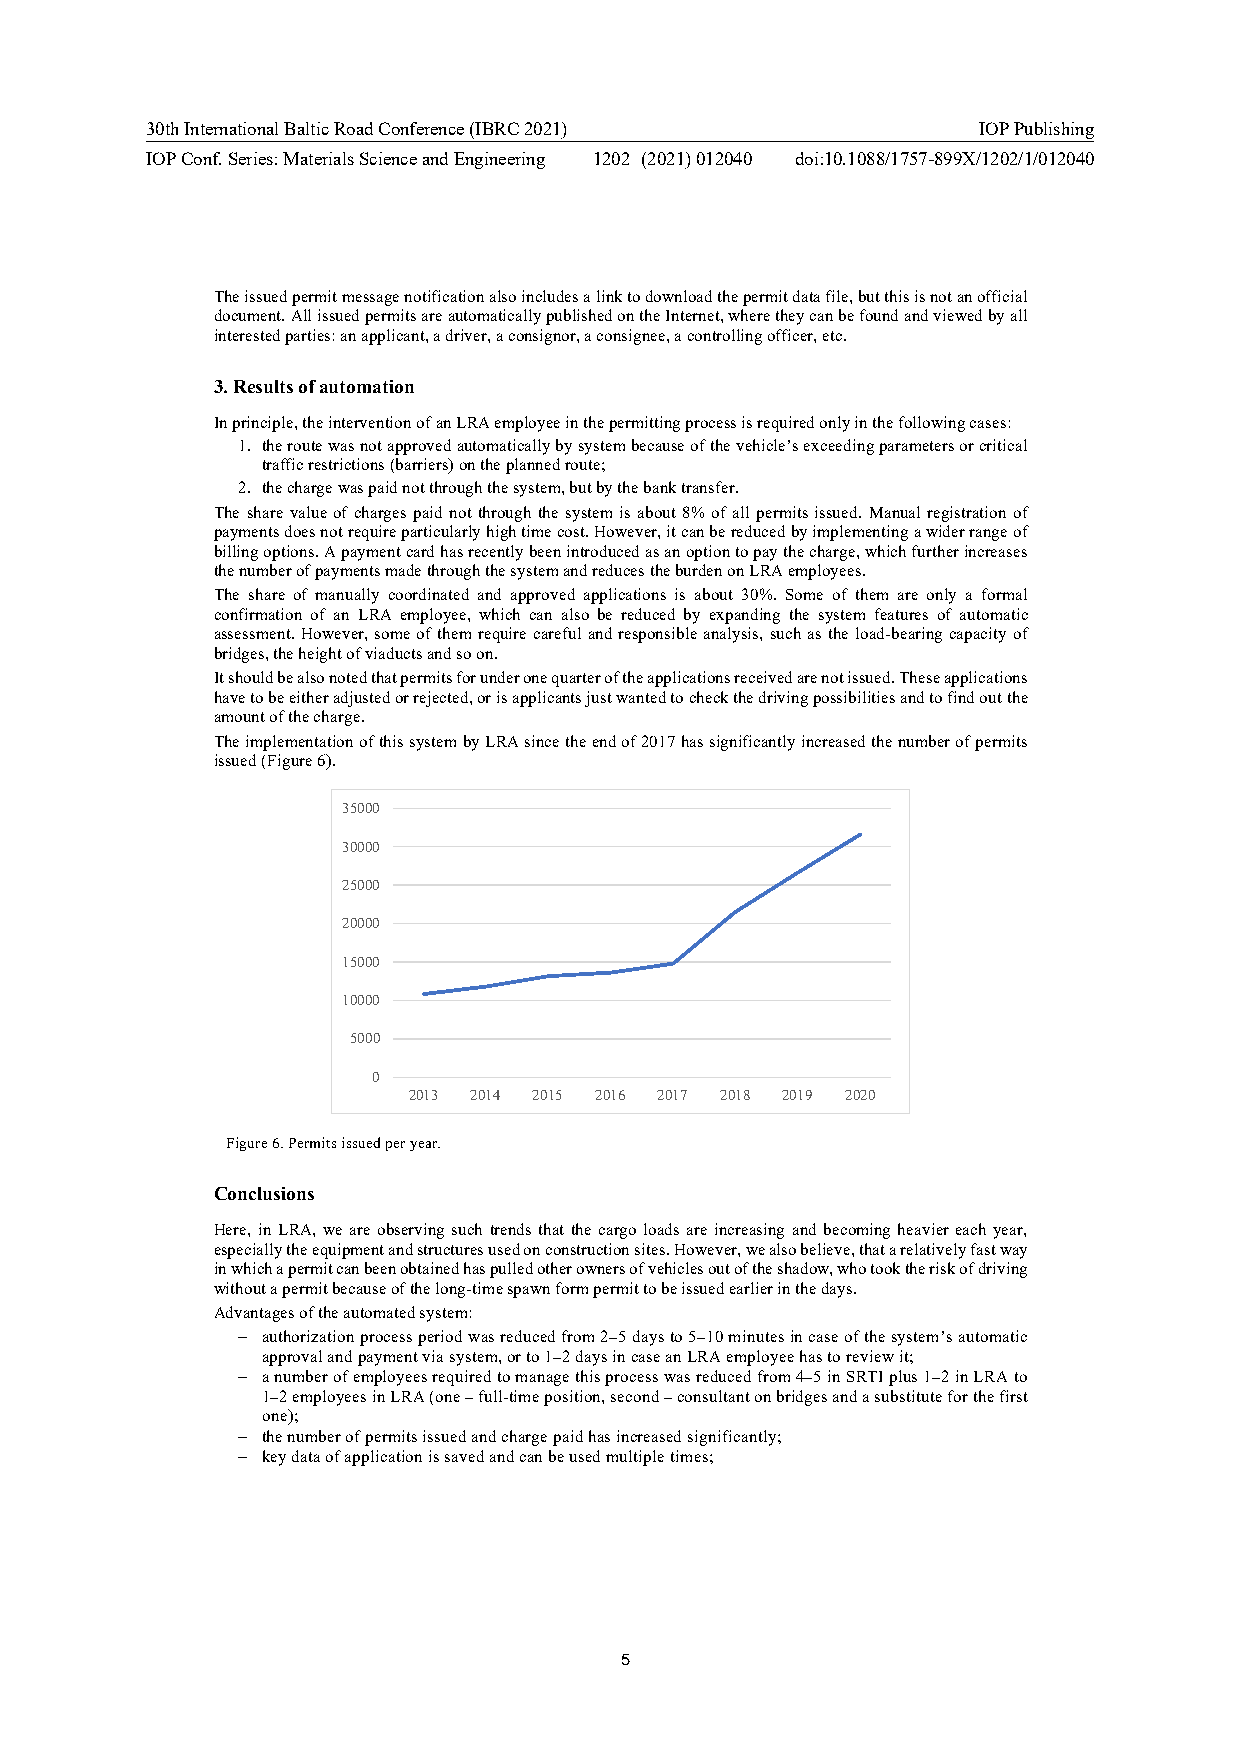
30th International Baltic Road Conference (IBRC 2021)  IOP Publishing
 IOP Conf. Series: Materials Science and Engineering 1202 (2021) 012040 doi:10.1088/1757-899X/1202/1/012040
 The issued permit message notification also includes a link to download the permit data file, but this is not an official
 document. All issued permits are automatically published on the Internet, where they can be found and viewed by all
 interested parties: an applicant, a driver, a consignor, a consignee, a controlling officer, etc.
 3. Results of automation
 In principle, the intervention of an LRA employee in the permitting process is required only in the following cases:
 1. the route was not approved automatically by system because of the vehicle’s exceeding parameters or critical
 traffic restrictions (barriers) on the planned route;
 2. the charge was paid not through the system, but by the bank transfer.
 The share value of charges paid not through the system is about 8% of all permits issued. Manual registration of
 payments does not require particularly high time cost. However, it can be reduced by implementing a wider range of
 billing options. A payment card has recently been introduced as an option to pay the charge, which further increases
 the number of payments made through the system and reduces the burden on LRA employees.
 The share of manually coordinated and approved applications is about 30%. Some of them are only a formal
 confirmation of an LRA employee, which can also be reduced by expanding the system features of automatic
 assessment. However, some of them require careful and responsible analysis, such as the load-bearing capacity of
 bridges, the height of viaducts and so on.
 It should be also noted that permits for under one quarter of the applications received are not issued. These applications
 have to be either adjusted or rejected, or is applicants just wanted to check the driving possibilities and to find out the
 amount of the charge.
 The implementation of this system by LRA since the end of 2017 has significantly increased the number of permits
 issued (Figure 6).
 35000
 30000
 25000
 20000
 15000
 10000
 5000
 0
 2013 2014 2015 2016 2017 2018 2019 2020
 Figure 6. Permits issued per year.
 Conclusions
 Here, in LRA, we are observing such trends that the cargo loads are increasing and becoming heavier each year,
 especially the equipment and structures used on construction sites. However, we also believe, that a relatively fast way
 in which a permit can been obtained has pulled other owners of vehicles out of the shadow, who took the risk of driving
 without a permit because of the long-time spawn form permit to be issued earlier in the days.
 Advantages of the automated system:
  authorization process period was reduced from 2–5 days to 5–10 minutes in case of the system’s automatic
 approval and payment via system, or to 1–2 days in case an LRA employee has to review it;
  a number of employees required to manage this process was reduced from 4–5 in SRTI plus 1–2 in LRA to
 1–2 employees in LRA (one – full-time position, second – consultant on bridges and a substitute for the first
 one);
  the number of permits issued and charge paid has increased significantly;
  key data of application is saved and can be used multiple times;
 5